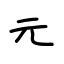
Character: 元